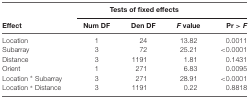
<table><thead><tr><td></td><td colspan="4"><b>Tests of fixed effects</b></td></tr><tr><td><b>Effect</b></td><td><b>Num DF</b></td><td><b>Den DF</b></td><td><b><i>F</i> value</b></td><td><b>Pr &gt; <i>F</i></b></td></tr></thead><tbody><tr><td>Location</td><td>1</td><td>24</td><td>13.82</td><td>0.0011</td></tr><tr><td>Subarray</td><td>3</td><td>72</td><td>25.21</td><td>&lt;0.0001</td></tr><tr><td>Distance</td><td>3</td><td>1191</td><td>1.81</td><td>0.1431</td></tr><tr><td>Orient</td><td>1</td><td>271</td><td>6.83</td><td>0.0095</td></tr><tr><td>Location * Subarray</td><td>3</td><td>271</td><td>28.91</td><td>&lt;0.0001</td></tr><tr><td>Location * Distance</td><td>3</td><td>1191</td><td>0.22</td><td>0.8818</td></tr></tbody></table>